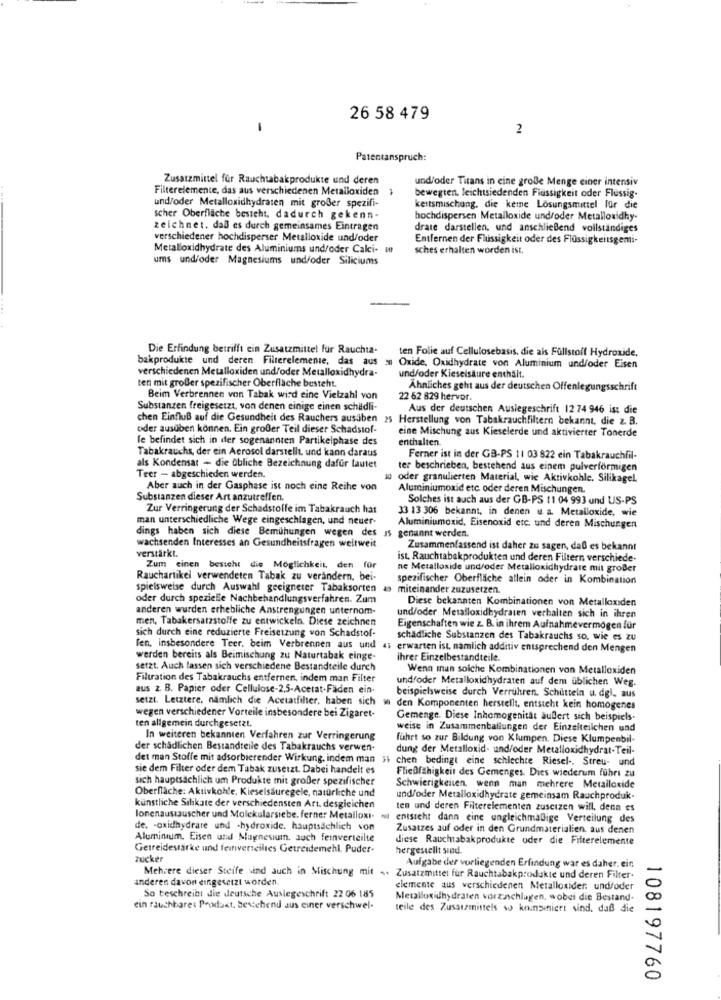
26 58 479
2
Patentanspruch:
Zusatzmittel für Rauchtabakprodukte und deren
und/oder Titans in eine große Menge einer intensiv
Filterelemente, das aus verschiedenen Metalloxiden
1
und/oder Metalloxidhydraten mit großer spezifi-
bewegten, leichtsiedenden Flüssigkeit oder Flussig-
keitsmischung, die keine Lösungsmittel für die
scher Oberfläche besteht, dadurch gekenn-
hochdispersen Metalloxide und/oder Metalloxidhy-
zeichnet, daß es durch gemeinsames Eintragen
drate darstellen. und anschließend vollständiges
verschiedener hochdisperser Metalloxide und/oder
Entfernen der Flüssigkeit oder des Flüssigkeitsgemi-
Metalloxidhydrate des Aluminiums und/oder Calci- w
sches erhalten worden ist.
ums und/oder Magnesiums und/oder Siliciums
Die Erfindung betrifft ein Zusatzmittel für Rauchta-
ten Folie auf Cellulosebasis, die als Füllstoff Hydroxide.
bakprodukte und deren Filterelemente, das aus s Oxide, Oxidhydrate von Aluminium und/oder Eisen
verschiedenen Metalloxiden und/oder Metalloxidhydra-
ten mit großer spezifischer Oberfläche besteht.
und/oder Kieseisäure enthält.
Ähnliches geht aus der deutschen Offenlegungsschrift
Beim Verbrennen von Tabak wird eine Vielzahl von
22 62 829 hervor.
Substanzen freigesetzt, von denen einige einen schildli-
Aus der deutschen Auslegeschrift 12 74 946 ist die
chen Einfluß auf die Gesundheit des Rauchers ausben 25 Herstellung von Tabakrauchfiltern bekannt. die z. B.
oder ausüben können. Ein großer Teil dieser Schadstof-
eine Mischung aus Kieselerde und aktivierter Tonerde
le befindet sich in der sogenannten Partikelphase des
enthalten.
Tabakrauchs, der ein Aerosol darstellt. und kann daraus
Ferner ist in der GB-PS 11 03 822 ein Tabakrauchfil-
als Kondensat - die übliche Bezeichnung dafür lautet
ter beschrieben, bestehend aus einem pulverformigen
Teer - abgeschieden werden.
oder granulierten Material, wie Aktivkohle. Silikagel.
Aber auch in der Gasphase ist noch eine Reihe von
Aluminiumoxid etc. oder deren Mischungen.
Substanzen dieser Art anzutreffen.
Solches ist auch aus der GB-PS 11 04 993 und US-PS
Zur Verringerung der Schadstoffe im Tabakrauch hat
33 13 306 bekannt, in denen u a Metalloxide, wie
man unterschiedliche Wege eingeschlagen, und neuer-
Aluminiumoxid, Eisenoxid etc. und deren Mischungen
dings haben sich diese Bemühungen wegen des is genannt werden.
verstärkt.
wachsenden Interesses an Gesundheitsfragen weltweit
Zusammenfassend ist daher zu sagen, daß es bekannt
ist, Rauchtabakprodukten und deren Filtern verschiede-
Zum einen besteht die Möglichkeit, den für
ne Metalloxide und/oder Metalloxidhydrate mit großer
Rauchartikel verwendeten Tabak zu verändern, bei-
spezifischer Oberfläche allein oder in Kombination
spielsweise durch Auswahl geeigneter Tabaksorten as
miteinander zuzusetzen.
oder durch spezielle Nachbehandlungsverfahren. Zum
Diese bekannten Kombinationen von Metalloxiden
anderen wurden erhebliche Anstrengungen unternom-
men, Tabakersatzstoffe zu entwickeln. Diese zeichnen
und/oder Metalloxidhydraten verhalten sich in ihren
sich durch eine reduzierte Freisetzung von Schadstof-
Eigenschaften wie z. B. in ihrem Aufnahmevermogen für
schädliche Substanzen des Tabakrauchs so, wie es zu
fen, insbesondere Teer, beim Verbrennen aus und 4; erwarten ist, nämlich additiv entsprechend den Mengen
werden bereits als Beimischung zu Naturtabak einge-
ihrer Einzelbestandteile.
setzt. Auch lassen sich verschiedene Bestandteile durch
Wenn man solche Kombinationen von Metalloxiden
Filtration des Tabakrauchs entfernen, indem man Filter
und/oder Metalloxidhydraten auf dem üblichen Weg.
aus z. B. Papier oder Cellulose-2,5-Acetat-Faden ein-
beispielsweise durch Verrühren. Schütteln u. dgl. aus
setzt. Letztere, nämlich die Acetatfilter, haben sich we den Komponenten herstellt, entsteht kein homogenes
wegen verschiedener Vorteile insbesondere bei Zigaret-
Gemenge. Diese Inhomogenital außert sich beispiels-
ten allgemein durchgesetzt.
weise in Zusammenballungen der Einzelteilchen und
In weiteren bekannten Verfahren zur Verringerung
führt so zur Bildung von Klumpen. Diese Klumpenbil-
der schädlichen Bestandteile des Tabakrauchs verwen-
dung der Metalloxid- und/oder Metalloxidhydrat-Teil-
det man Stoffe mit adsorbierender Wirkung, indem man 31 chen bedingt eine schlechte Riesel -. Streu- und
sie dem Filter oder dem Tabak zusetzt. Dabei handelt es
FlieDfähigkeit des Gemenges. Dies wiederum führt zu
sich hauptsächlich um Produkte mit großer spezifischer
Oberfläche: Aktivkohle, Kieselsäuregele, natürliche und
Schwierigkeiten, wenn man mehrere Metalloxide
und/oder Metalloxidhydrate gemeinsam Rauchproduk-
künstliche Silikate der verschiedensten Art. desgleichen
ten und deren Filterelementen zuscizen will, denn es
lonenaustauscher und Molekularsiebe. ferner Metalloxi. eu
entsteht dann eine ungleichmaßlige Verteilung des
de, - oxidhydrate und -hydroxide. hauptsächlich von
Zusatzes auf oder in den Grundmaterialien, aus denen
Aluminium. Eisen und Magnesium, auch feinverteilte
diese Rauchabakprodukte oder die Filterelemente
Getreidestarke und feinverseilies Getreidemehl. Puder-
hergestellt srød.
zucker
Aufgabe der vorliegenden Erfindung war es daher. ein
anderen davon eingesetzt worden.
Mehrere dieser Steife sind auch in Mischung mit .. Zusatzmittel fur Rauchtabakprodukte und deren Filter-
So beschreibt die deutsche Ausiegeschrift 22 06 185
elemente aus verschiedenen Metalloxider: und/oder
Metalloxidhydraten vorzaschlugen, wobei die Bestand-
ein rauchbare: Product, bestehend aus einer verschwel-
teile des Zusatzmittels so keinsiniert sind, daß die
108197760